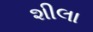
શીલા